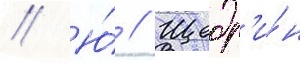
// Ю́ // Щедр'и́н